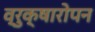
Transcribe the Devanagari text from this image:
व्रुक्षारोपन